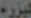
ليزره